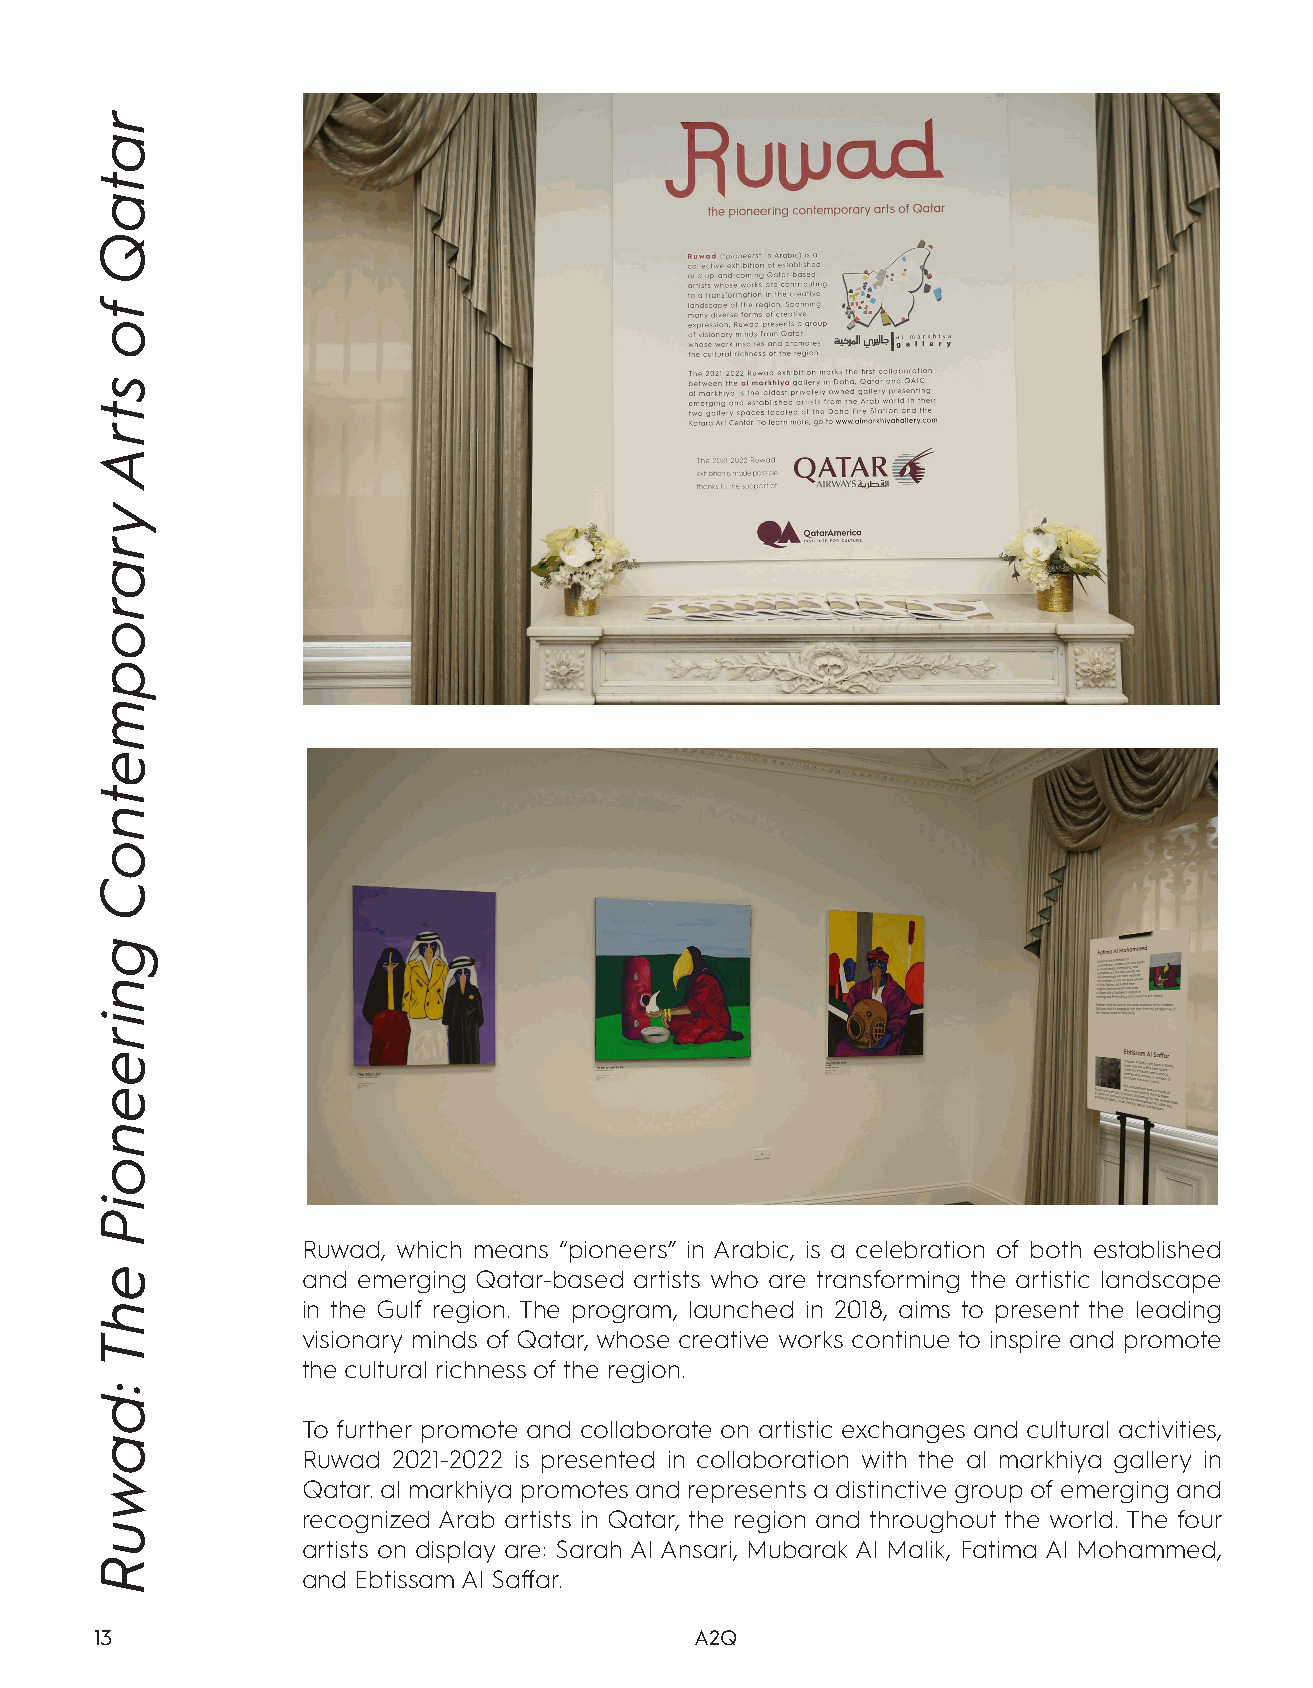
Ruwad, which means “pioneers” in Arabic, is a celebration of both established
 and emerging Qatar-based artists who are transforming the artistic landscape
 in the Gulf region. The program, launched in 2018, aims to present the leading
 visionary minds of Qatar, whose creative works continue to inspire and promote
 the cultural richness of the region.
 To further promote and collaborate on artistic exchanges and cultural activities,
 Ruwad 2021-2022 is presented in collaboration with the al markhiya gallery in
 Qatar. al markhiya promotes and represents a distinctive group of emerging and
 recognized Arab artists in Qatar, the region and throughout the world. The four
 artists on display are: Sarah Al Ansari, Mubarak Al Malik, Fatima Al Mohammed,
 and Ebtissam Al Saffar.
 13                                      A2Q
 rataQ
 fo
 strA
 yraropmetnoC
 gnireenoiP
 ehT
 :dawuR